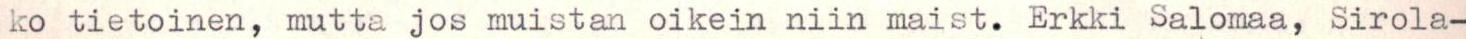
ko tietoinen, mutta jos muistan oikein niin maist. Erkki Salomaa, Sirola-